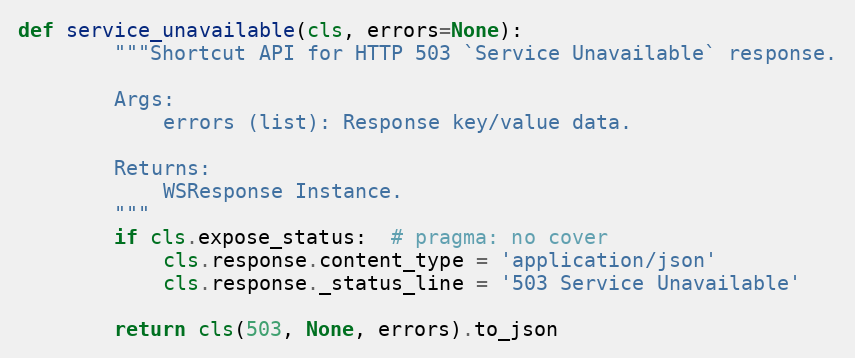
Language: Python
def service_unavailable(cls, errors=None):
        """Shortcut API for HTTP 503 `Service Unavailable` response.

        Args:
            errors (list): Response key/value data.

        Returns:
            WSResponse Instance.
        """
        if cls.expose_status:  # pragma: no cover
            cls.response.content_type = 'application/json'
            cls.response._status_line = '503 Service Unavailable'

        return cls(503, None, errors).to_json